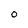
Character: 0